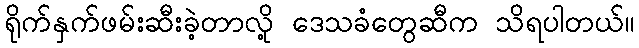
ရိုက်နှက်ဖမ်းဆီးခဲ့တာလို့ ဒေသခံတွေဆီက သိရပါတယ်။